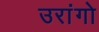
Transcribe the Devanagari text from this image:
उरांगो